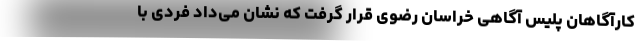
کارآگاهان پلیس آگاهی خراسان رضوی قرار گرفت که نشان می‌داد فردی با